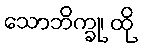
သောဘိက္ခု၊ ထို